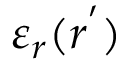
\varepsilon _ { r } ( r ^ { ' } )